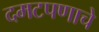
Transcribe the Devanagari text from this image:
दमटपणाचे